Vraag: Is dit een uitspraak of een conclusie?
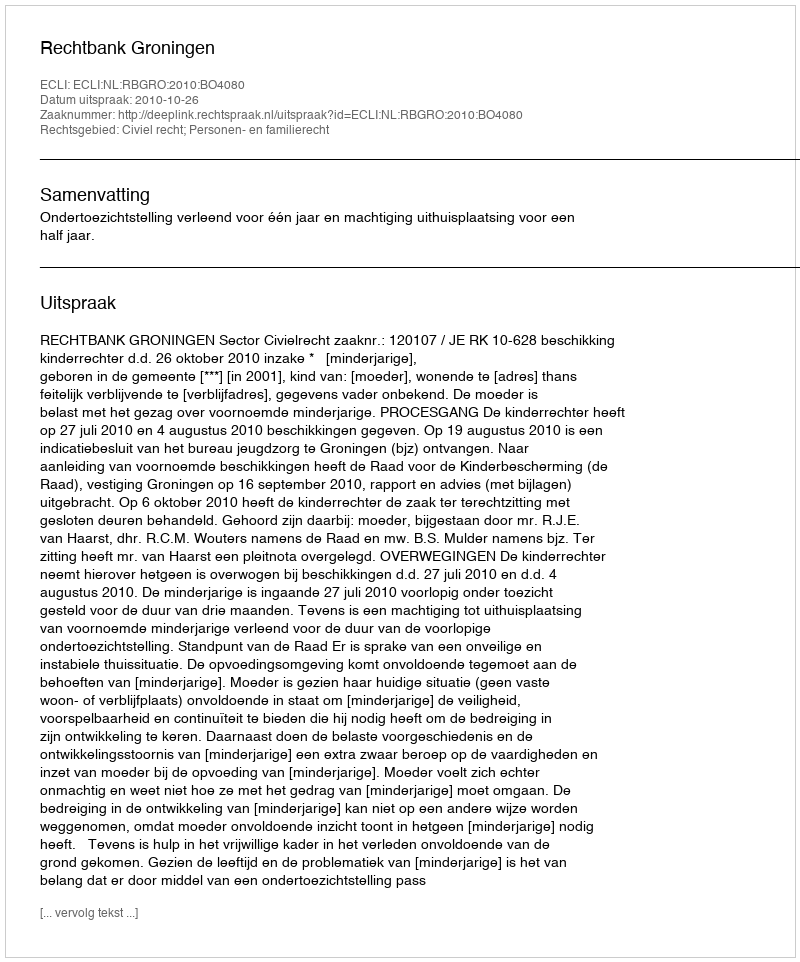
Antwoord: Uitspraak